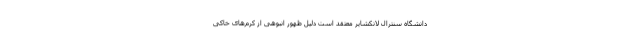
دانشگاه سنترال لانکشایر معتقد است دلیل ظهور انبوهی از کرم‌های خاکی